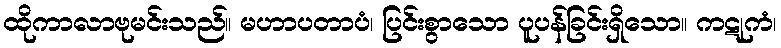
ထိုကာလာဗုမင်းသည်။ မဟာပတာပံ၊ ပြင်းစွာသော ပူပန်ခြင်းရှိသော။ ကဋုကံ၊